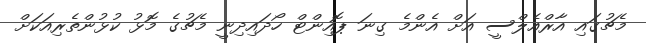
މެޗުގައި އާރްއެލްސީ އަށް އެންމެ ގިނަ ޕޮއިންޓް ހޯދައިދިނީ މެޗުގެ މޮޅު ކުޅުންތެރިއަކަށް